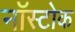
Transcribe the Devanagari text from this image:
नॉस्टोक